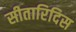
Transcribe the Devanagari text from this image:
सीतारिदिस